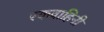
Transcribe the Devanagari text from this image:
रकवाहिनी